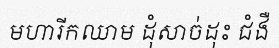
មហារីកឈាម ដុំសាច់ដុះ ជំងឺ